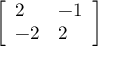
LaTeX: \left[ { \begin{array} { l l } { 2 } & { - 1 } \\ { - 2 } & { 2 } \end{array} } \right]